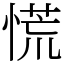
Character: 慌